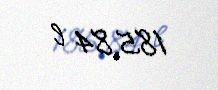
185,84 l